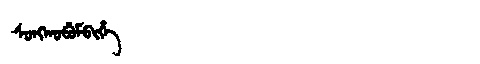
Manchu: ᠰᠣᠩᡤᠣᠪᡠᠮᠪᡳᡥᡝ
Romanization: SONGGOBUMBIHE